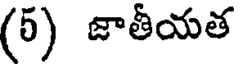
(5) జాతీయత